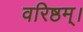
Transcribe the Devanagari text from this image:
वरिष्ठम्‌।